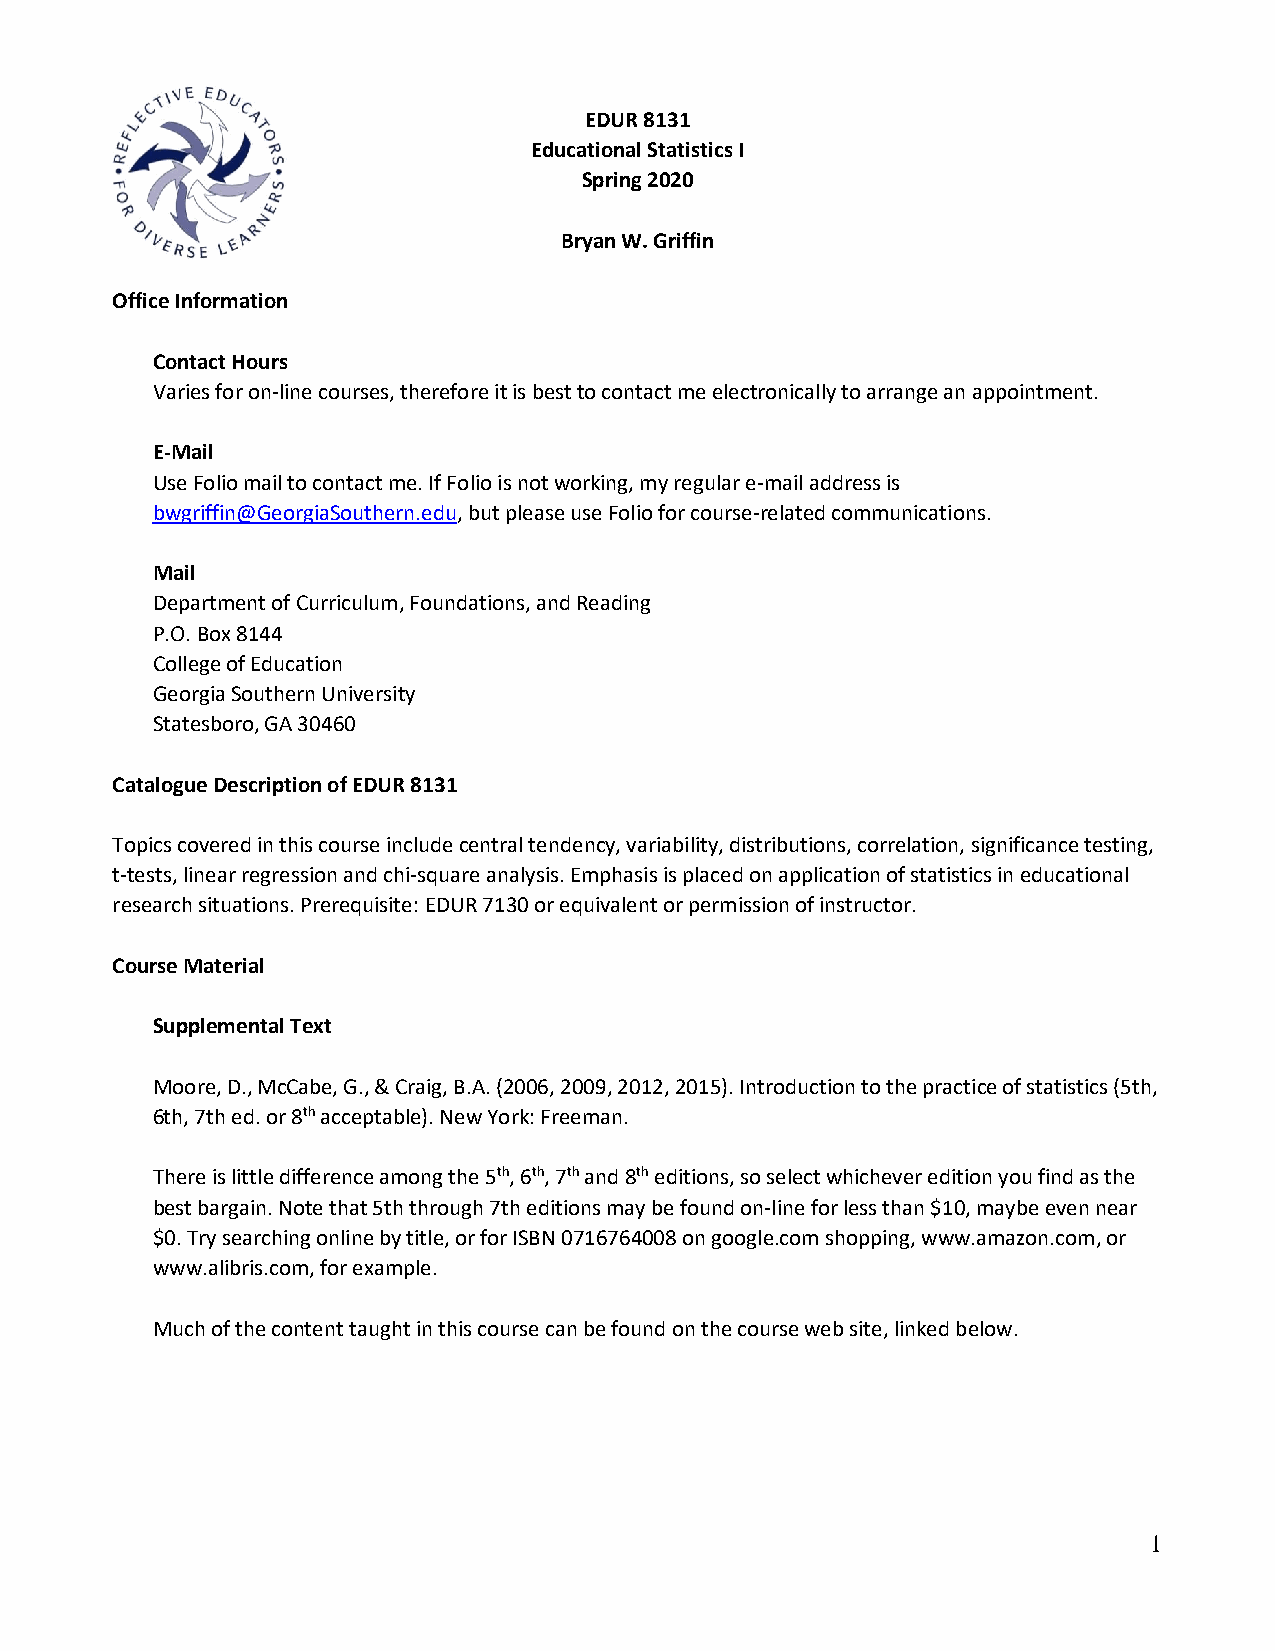
EDUR 8131
 Educational Statistics I
 Spring 2020
 Bryan W. Griffin
 Office Information
 Contact Hours
 Varies for on-line courses, therefore it is best to contact me electronically to arrange an appointment.
 E-Mail
 Use Folio mail to contact me. If Folio is not working, my regular e-mail address is
 bwgriffin@GeorgiaSouthern.edu, but please use Folio for course-related communications.
 Mail
 Department of Curriculum, Foundations, and Reading
 P.O. Box 8144
 College of Education
 Georgia Southern University
 Statesboro, GA 30460
 Catalogue Description of EDUR 8131
 Topics covered in this course include central tendency, variability, distributions, correlation, significance testing,
 t-tests, linear regression and chi-square analysis. Emphasis is placed on application of statistics in educational
 research situations. Prerequisite: EDUR 7130 or equivalent or permission of instructor.
 Course Material
 Supplemental Text
 Moore, D., McCabe, G., & Craig, B.A. (2006, 2009, 2012, 2015). Introduction to the practice of statistics (5th,
 6th, 7th ed. or 8th acceptable). New York: Freeman.
 There is little difference among the 5th, 6th, 7th and 8th editions, so select whichever edition you find as the
 best bargain. Note that 5th through 7th editions may be found on-line for less than $10, maybe even near
 $0. Try searching online by title, or for ISBN 0716764008 on google.com shopping, www.amazon.com, or
 www.alibris.com, for example.
 Much of the content taught in this course can be found on the course web site, linked below.
 1